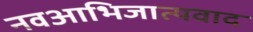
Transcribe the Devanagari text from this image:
नवआभिजात्यवाद